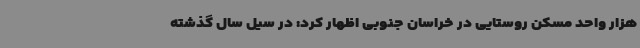
هزار واحد مسکن روستایی در خراسان جنوبی اظهار کرد: در سیل سال گذشته